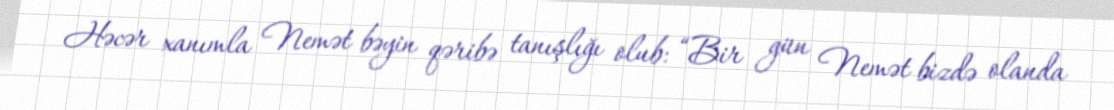
Həcər xanımla Nemət bəyin qəribə tanışlığı olub: “Bir gün Nemət bizdə olanda